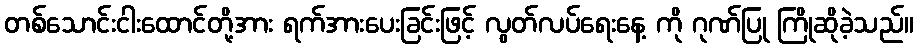
တစ်သောင်းငါးထောင်တို့အား ရက်အားပေးခြင်းဖြင့် လွတ်လပ်ရေးနေ့ ကို ဂုဏ်ပြု ကြိုဆိုခဲ့သည်။